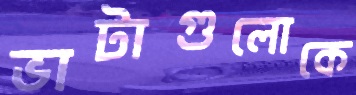
ভাটাগুলোকে